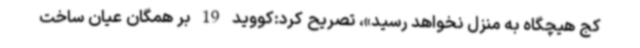
کج هیچگاه به منزل نخواهد رسید»، تصریح کرد:کووید 19 بر همگان عیان ساخت